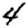
Digit: 4